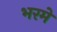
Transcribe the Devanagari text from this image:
भरमे